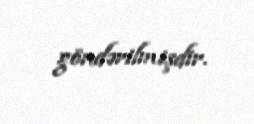
göndərilmişdir.